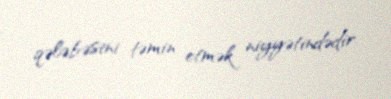
qələbəsini təmin etmək niyyətindədir.